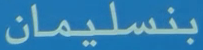
بنسليمان